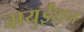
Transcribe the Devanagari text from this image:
वायुईंधन